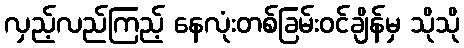
လှည့်လည်ကြည့် နေလုံးတစ်ခြမ်းဝင်ချိန်မှ သိုသို